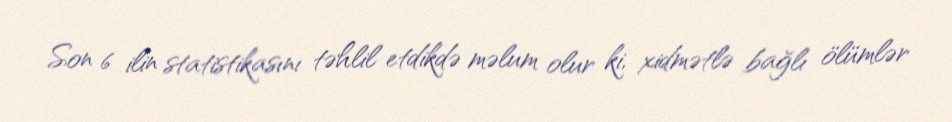
Son 6 ilin statistikasını təhlil etdikdə məlum olur ki, xidmətlə bağlı ölümlər